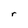
Character: r